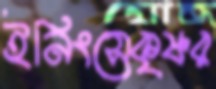
ইনিংসেকৃষ্ণর